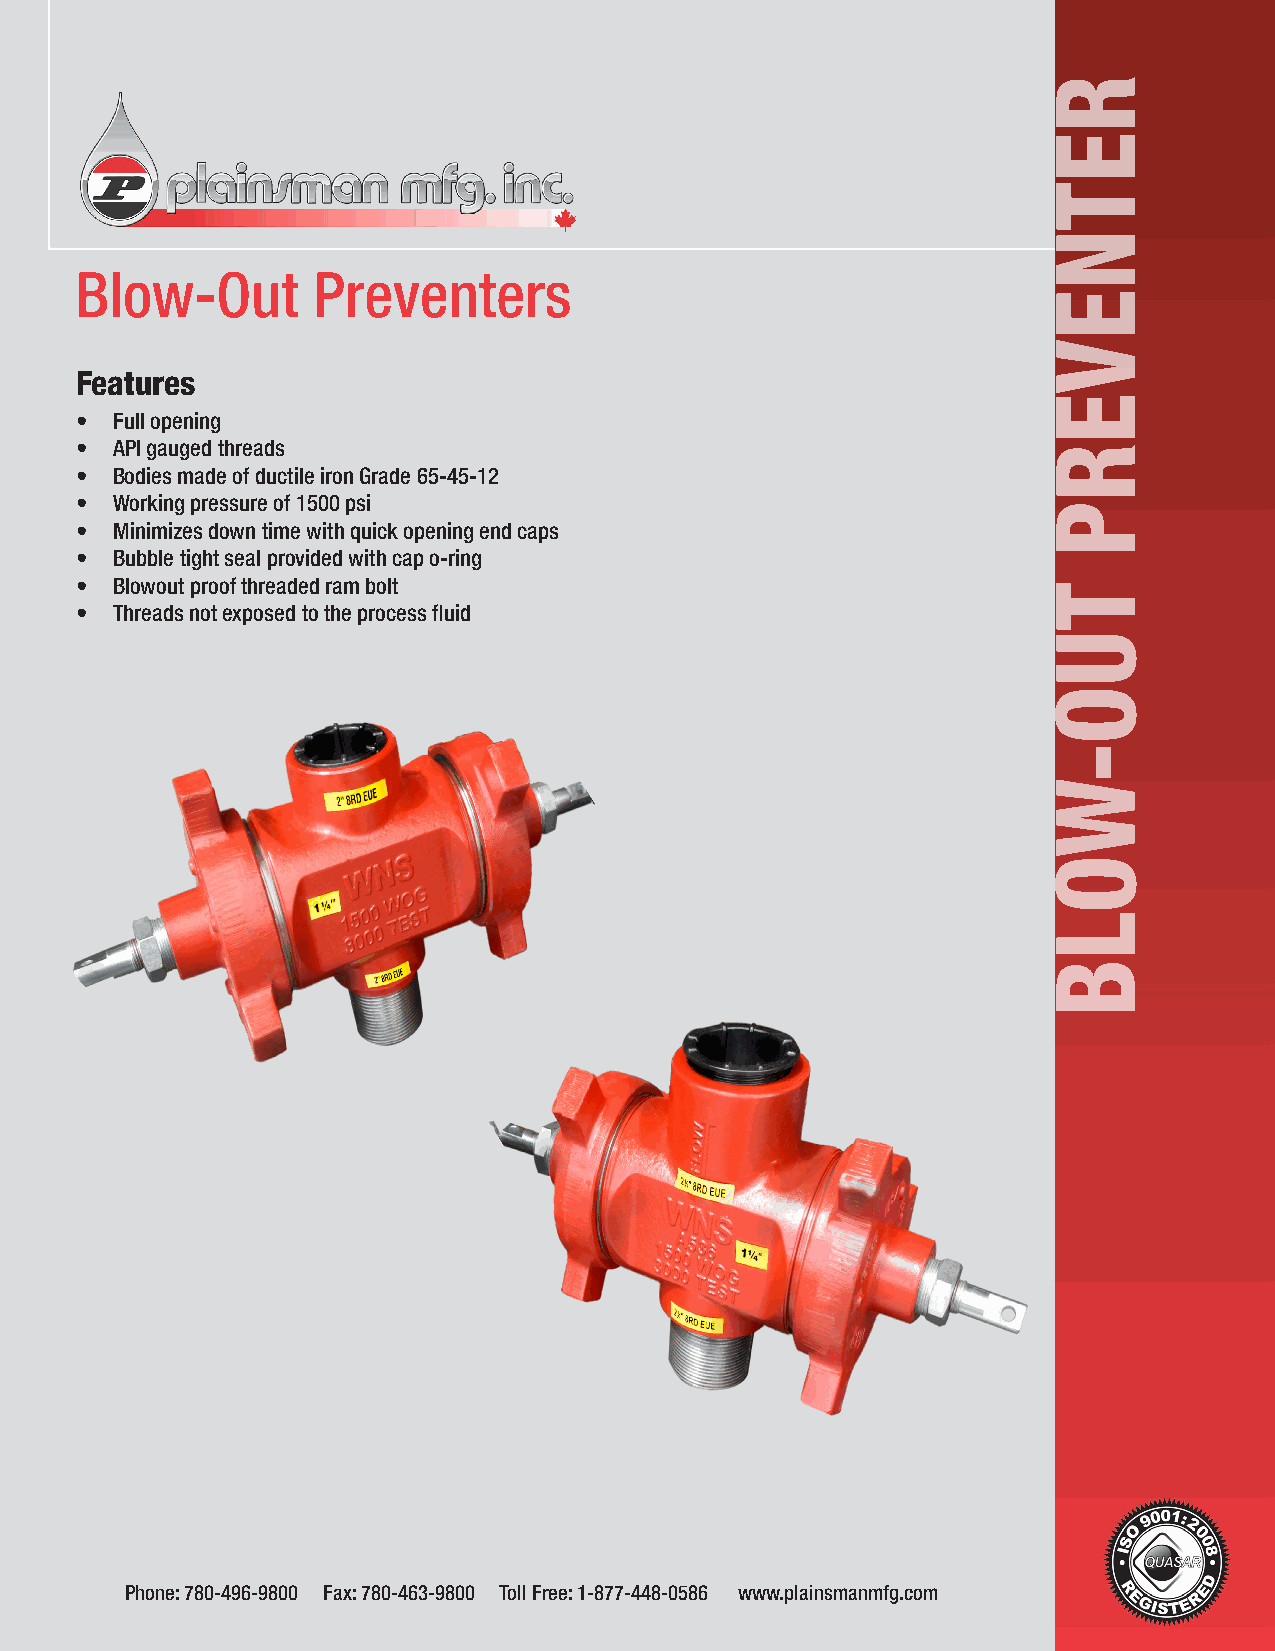
Blow-Out        Preventers
 Features
 • Full opening
 • API gauged threads
 • Bodies made of ductile iron Grade 65-45-12
 • Working pressure of 1500 psi
 • Minimizes down time with quick opening end caps
 • Bubble tight seal provided with cap o-ring
 • Blowout proof threaded ram bolt
 • Threads not exposed to the process fluid
 Phone: 780-496-9800 Fax: 780-463-9800 Toll Free: 1-877-448-0586 www.plainsmanmfg.com
 RETNEVERP
 TUO-WOLB